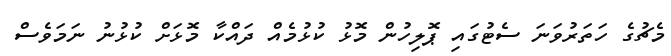
މެޗުގެ ހަތަރުވަނަ ސެޓުގައި ޕޮލިހުން މޮޅު ކުޅުމެއް ދައްކާ މޮޅަށް ކުޅުނު ނަމަވެސް